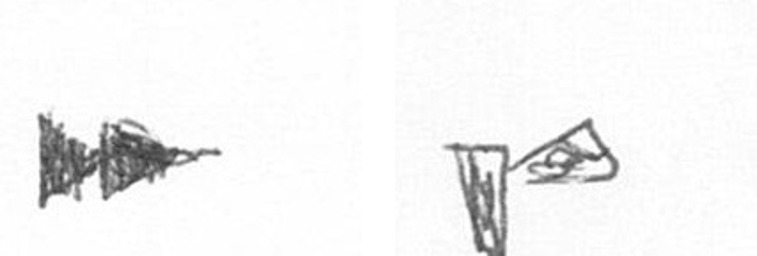
A F